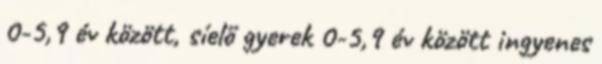
0-5,9 év között, síelő gyerek 0-5,9 év között ingyenes